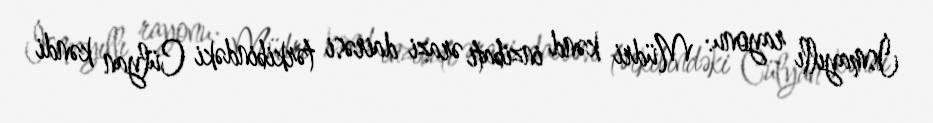
İsmayıllı rayonu: Müdri kənd inzibati ərazi dairəsi tərkibindəki Cülyan kəndi